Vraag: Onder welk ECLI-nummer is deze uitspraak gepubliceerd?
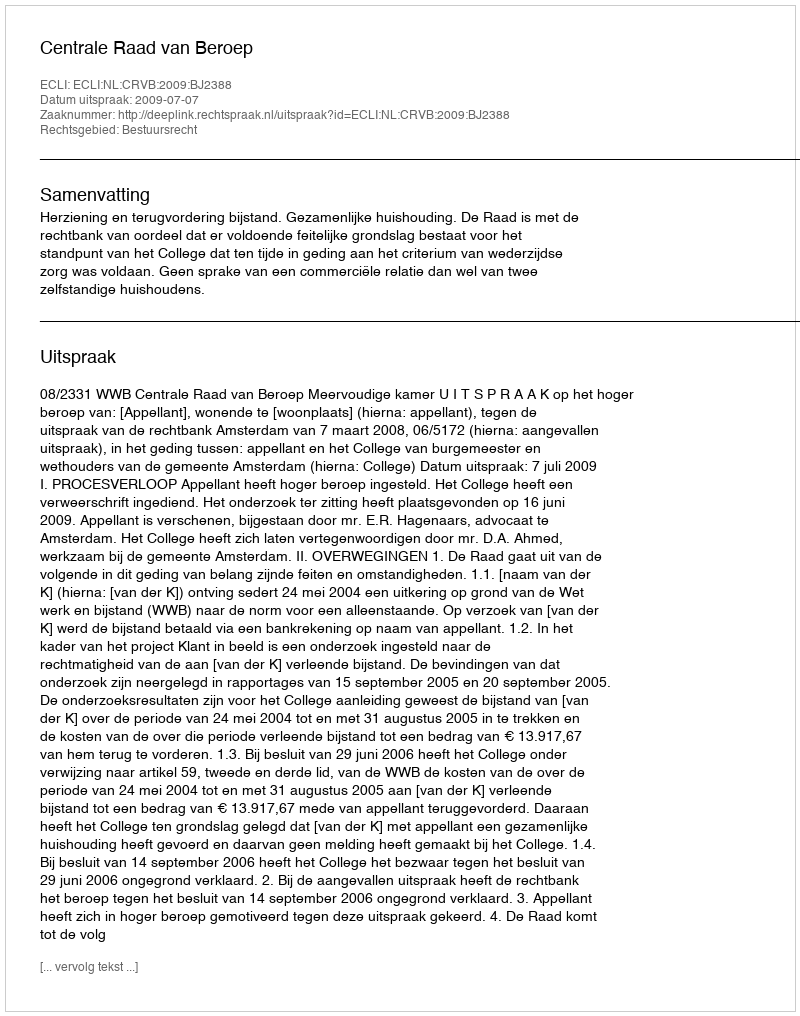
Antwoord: ECLI:NL:CRVB:2009:BJ2388